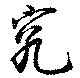
究